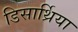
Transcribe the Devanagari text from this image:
डिसार्थ्रिया